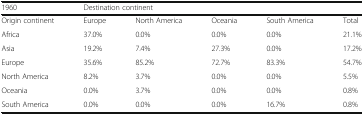
<table><thead><tr><td><b>1960</b></td><td colspan="5"><b>Destination continent</b></td></tr></thead><tbody><tr><td>Origin continent</td><td>Europe</td><td>North America</td><td>Oceania</td><td>South America</td><td>Total</td></tr><tr><td>Africa</td><td>37.0%</td><td>0.0%</td><td>0.0%</td><td>0.0%</td><td>21.1%</td></tr><tr><td>Asia</td><td>19.2%</td><td>7.4%</td><td>27.3%</td><td>0.0%</td><td>17.2%</td></tr><tr><td>Europe</td><td>35.6%</td><td>85.2%</td><td>72.7%</td><td>83.3%</td><td>54.7%</td></tr><tr><td>North America</td><td>8.2%</td><td>3.7%</td><td>0.0%</td><td>0.0%</td><td>5.5%</td></tr><tr><td>Oceania</td><td>0.0%</td><td>3.7%</td><td>0.0%</td><td>0.0%</td><td>0.8%</td></tr><tr><td>South America</td><td>0.0%</td><td>0.0%</td><td>0.0%</td><td>16.7%</td><td>0.8%</td></tr></tbody></table>